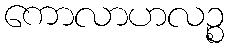
ကောလာဟလဉ္စ